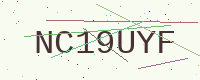
Text: NC19UYF